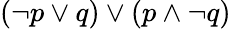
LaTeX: (\neg p\lor q)\lor(p\land\neg q)